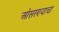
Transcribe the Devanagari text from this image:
ओसरण्याचा